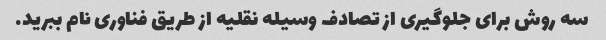
سه روش برای جلوگیری از تصادف وسیله نقلیه از طریق فناوری نام ببرید.